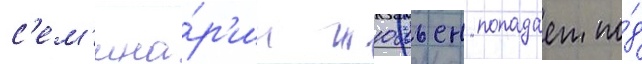
с'ем'ина́р'ии жюльен попадает по́д